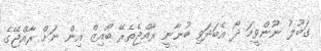
ގަބޫލު ނޫންވީމަ ދޯ އެބަދަވި ބުނާނީ ރާއްޖެތެރޭ ބޯއިޒް އިން ނަށް ރާއްޖޭގެ